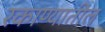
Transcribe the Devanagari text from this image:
रकाण्यातील